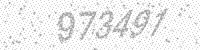
Solution: 973491